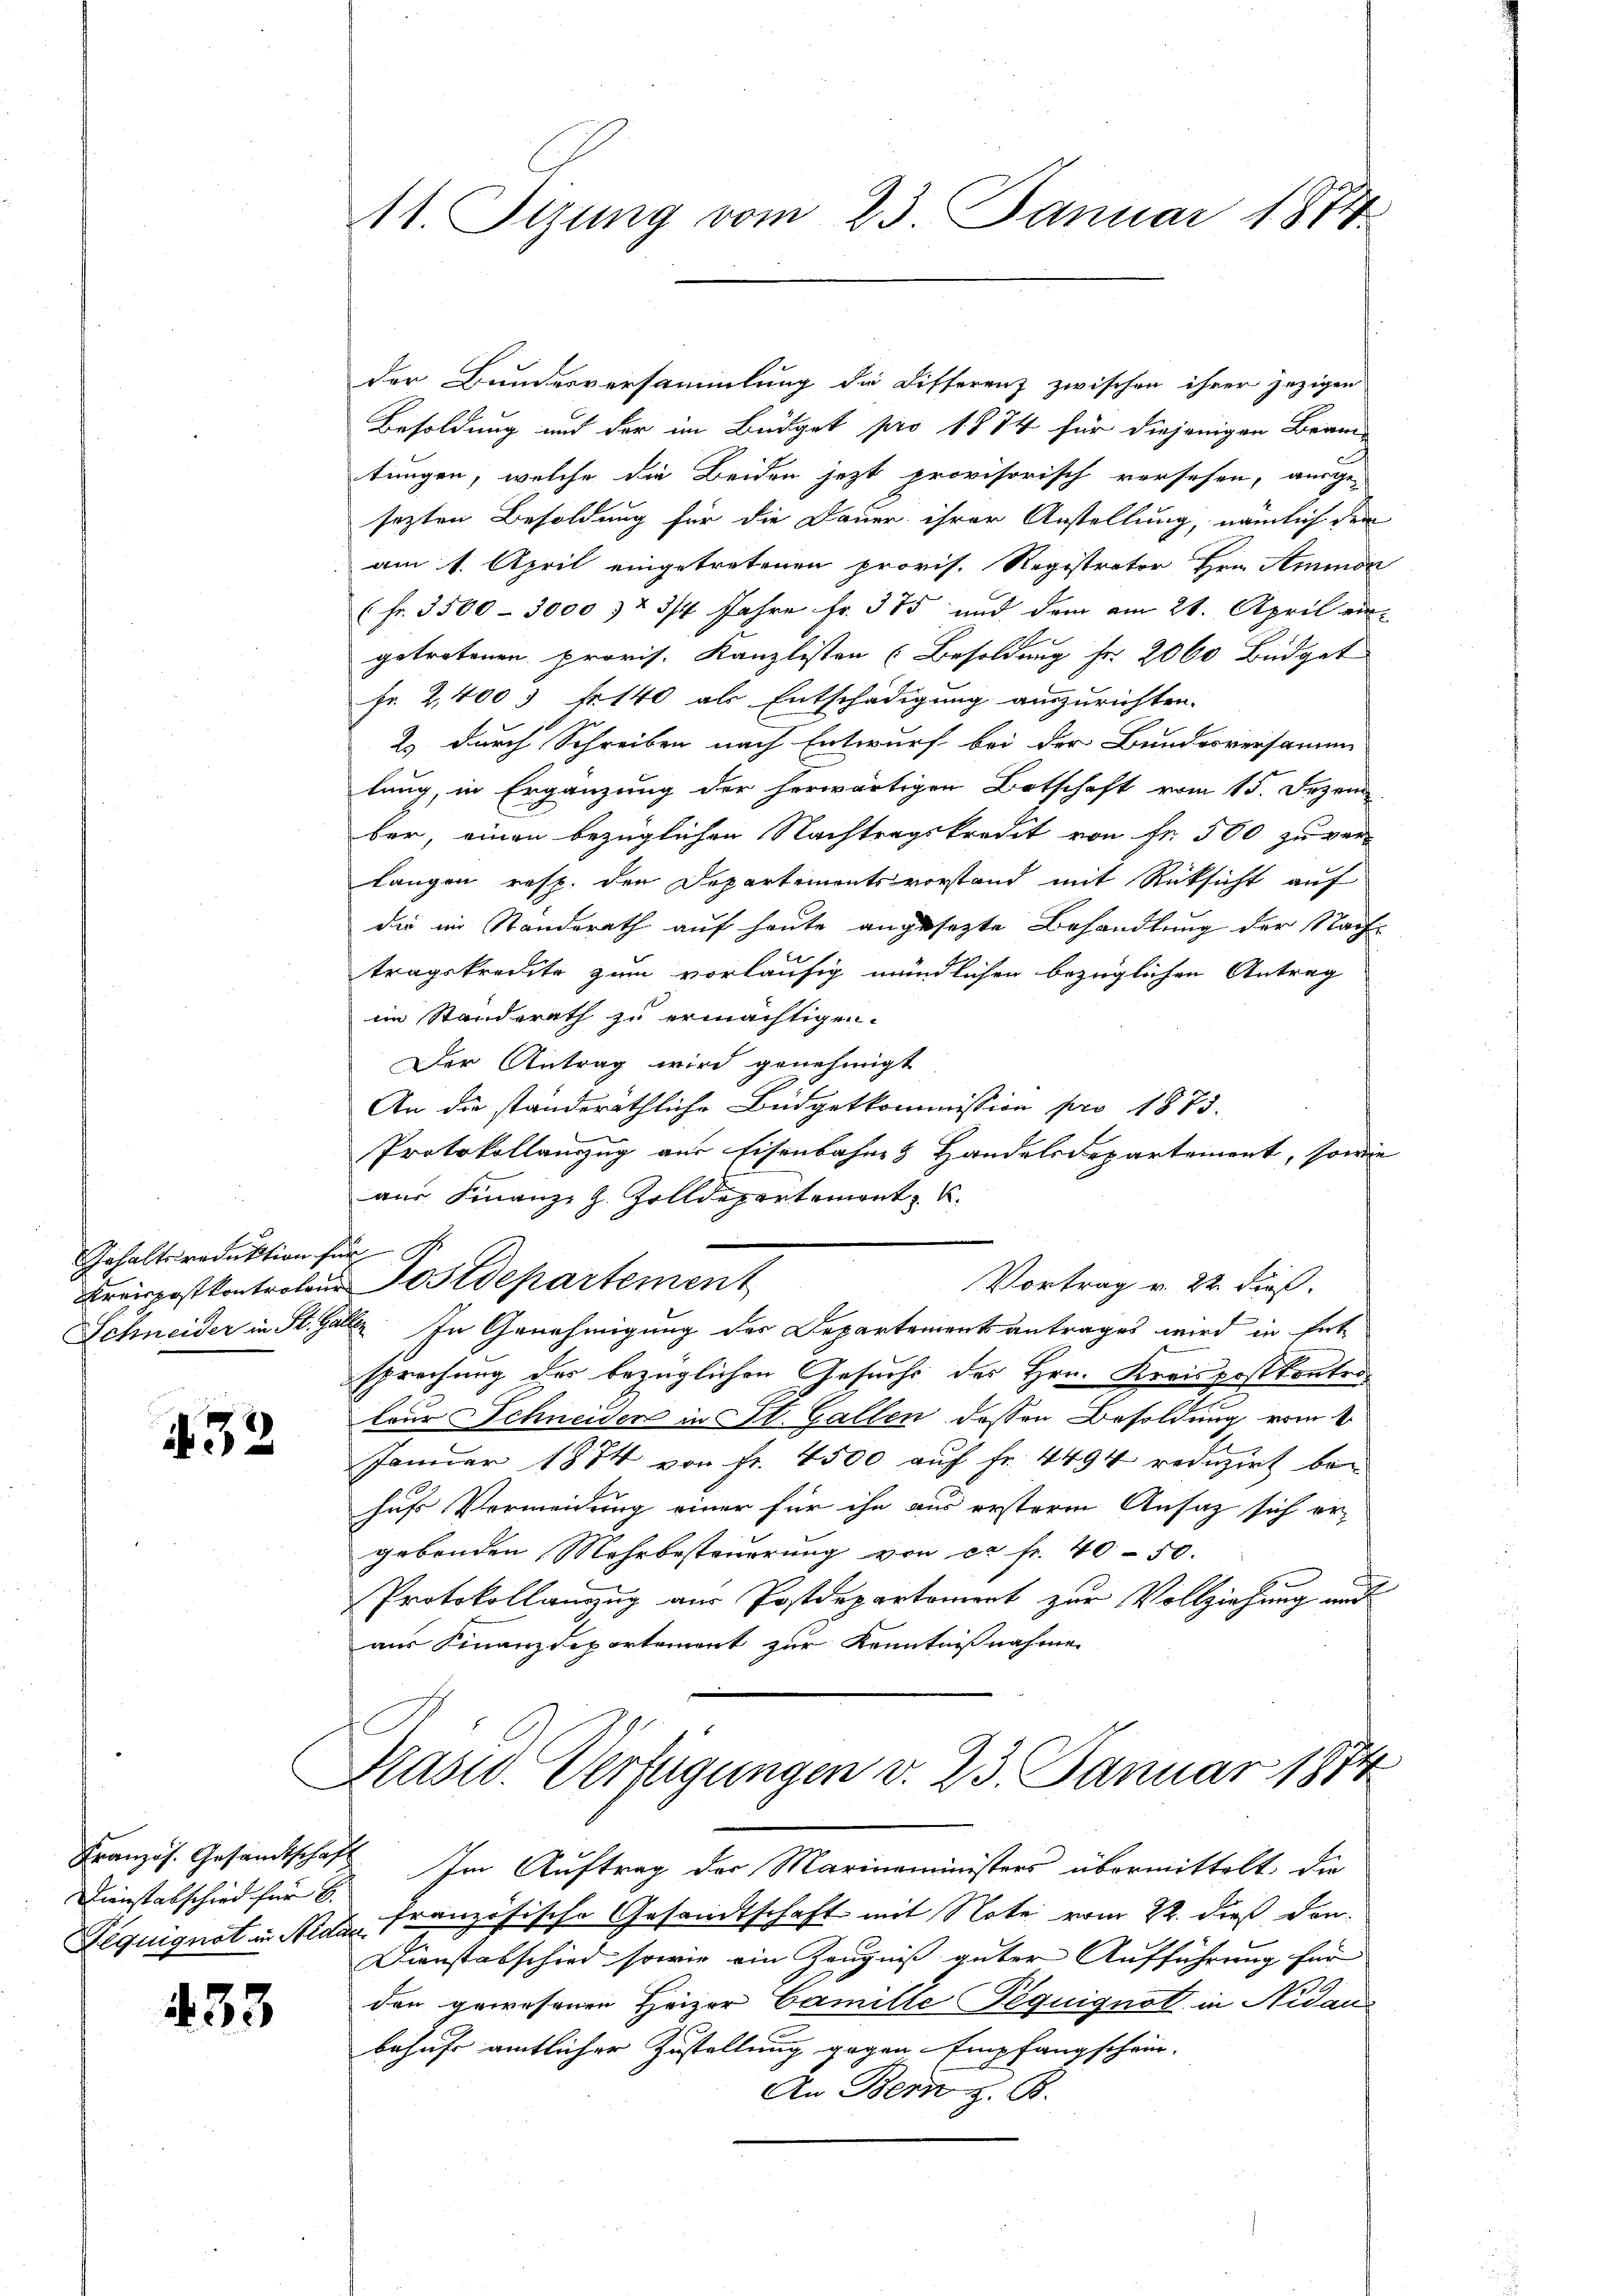
Gehaltsroduktion für

432

Kranzös. Gesandtschaf
Dienstabschied für 8.
Peguignat in Nea

433

der Bundesversammlung die Differenz zwischen ihrer jezigen
Besoldung und der im Büdget pro 1874 für diejenigen Brantungen, welche die Beiden jetzt provisorisch versehen, ausge-
sezten Besoldung für die Dauer ihrer Anstellung, nämlich dem
am 1. April eingetretenen provis. Registrator Hrn. Ammon
(fr. 3500 - 3000 & 2 3/4 Jahre fr. 375 und dem am 21. April ein-
1
getretenen provis. Kanzlisten (Besoldung fr. 2060 Büdget
Fr. 2,400 fr. 140 als Entschädigung auszurichten.
2 durch Schreiben nach Entwurf bei der Bundesversamme
lung, in Ergänzung der herwärtigen Botschaft vom 15. Dezem
ber, einen bezüglichen Nachtragskredit von Fr. 500 zu verlangen resp. den Departementsvorstand mit Rücksicht auf
die im Standerath auf heute angesezte Behandlung der Nachtragskredite zum vorläufig mündlichen bezüglichen Antrag
im Standerath zu ermächtigen.
Der Antrag wird genehmigt
An die standeräthliche Büdgetkommission pro 1875.
b
Protokollauszug aus Eisenbahnes Handelsdepartement, sowie
aus Finanz- Z. Zolldepartement
Vortrag v. 22. dieß.
Kreispostkontrolen Postdepartement
Schneider in St. Galle. In Genehmigung des Departementantrages wird in Ent-
sprechung des bezüglichen Gesuchs des Hrn. Kreispostkontroleur Schneiden in St. Gallen dessen Besoldung vom 1.
Januar 1874 von fr. 4500 auf Fr. 4494 reduzirt behufs Vermeidung einer für ihn aus ersterm Ansatz sich ergebenden Mehrbesteuerung von ca Fr. 40 - 50.
Protokollanzug aus Postdepartement zur Vollziehung und
aus Finanzdepartement zur Kenntnißnahme

11. Stzung vom 23. Januar 1874

Im Auftrag der Marinaministers übermittelt die
h
 französische Gesandtschaft mit Note vom 22. dieß den
Dienstabschied, sowie ein Zeugniss guter Aufführung für
den gewesenen Heizer Camille Peguignot in Nidaubehufe amtlicher Zustellung gegen Empfangschein-
An Bern z. B.

Kasw. Verfügungen v. 23. Januar 1874